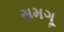
સમગૂ